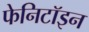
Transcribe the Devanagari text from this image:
फेनिटॉइन